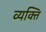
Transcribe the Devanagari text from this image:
व्‍यक्‍ति